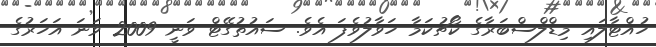
ހުއްޓާލައި މިޑްލްސްބަރާގެ ކޯޗުކަމާ ހަވާލުވެފަ އެވެ. ސައުތުގޭޓް ވަނީ 2009 ވަނަ އަހަރުގެ